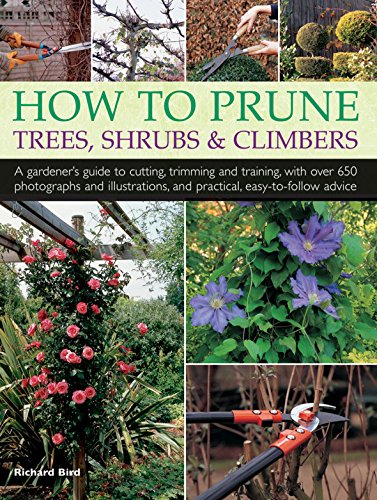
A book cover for How to Prune Trees, Shrubs & Climbers: A Gardener'S Guide To Cutting, Trimming And Training, With Over 650 Photographs And Illustrations, And Practical, Easy-To-Follow Advice; Richard Bird; Crafts, Hobbies & Home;